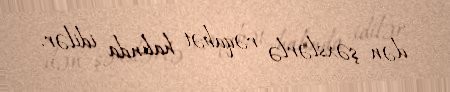
dən şəxslərlə rəqabət halında idilər.